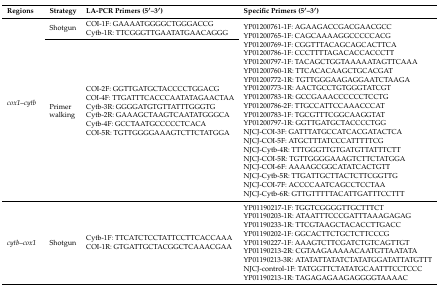
<table><thead><tr><td><b>Regions</b></td><td><b>Strategy</b></td><td><b>LA-PCR Primers (5′–3′)</b></td><td><b>Specific Primers (5′–3′)</b></td></tr></thead><tbody><tr><td rowspan="2"><i>cox1</i>–<i>cytb</i></td><td>Shotgun</td><td>COI-1F: GAAAATGGGGCTGGGACCGCytb-1R: TTCGGGTTGAATATGAACAGGG</td><td rowspan="2">YP01200761-1F: AGAAGACCGACGAACGCCYP01200765-1F: CAGCAAAAGGCCCCCACGYP01200769-1F: CGGTTTACAGCAGCACTTCAYP01200786-1F: CCCTTTTAGACACCACCCTTYP01200797-1F: TACAGCTGGTAAAAATAGTTCAAAYP01200760-1R: TTCACACAAGCTGCACGATYP01200772-1R: TGTTGGGAAGAGGAATCTAAGAYP01200773-1R: AACTGCCTGTGGGTATCGTYP01200783-1R: GCCGAAACCCCCCTCCTGYP01200786-2F: TTGCCATTCCAAACCCATYP01200783-1F: TGCGTTTCGGCAAGGTATYP01200797-1R: GGTTGATGCTACCCCTGGNJCJ-COI-3F: GATTTATGCCATCACGATACTCANJCJ-COI-5F: ATGCTTTATCCCATTTTTCGNJCJ-Cytb-4R: TTTGGGTTGTGATGTTATTTCTTNJCJ-COI-5R: TGTTGGGGAAAGTCTTCTATGGANJCJ-COI-6F: AAAAGCGGCATATCACTGTTNJCJ-Cytb-5R: TTGATTGCTTACTCTTCGGTTGNJCJ-COI-7F: ACCCCAATCAGCCTCCTAANJCJ-Cytb-6R: GTTGTTTTTACATTGATTTCCTTT</td></tr><tr><td>Primer walking</td><td>COI-2F: GGTTGATGCTACCCCTGGACGCOI-4F: TTGATTTCACCCAATATAGAACTAACytb-3R: GGGGATGTGTTATTTGGGTGCytb-2R: GAAAGCTAAGTCAATATGGGCACytb-4F: GCCTAATGCCCCCTCACACOI-5R: TGTTGGGGAAAGTCTTCTATGGA</td></tr><tr><td><i>cytb</i>–<i>cox1</i></td><td>Shotgun</td><td>Cytb-1F: TTCATCTCCTATTCCTTCACCAAACOI-1R: GTGATTGCTACGGCTCAAACGAA</td><td>YP01190217-1F: TGGTCGGGGTTGCTTTCTYP01190203-1R: ATAATTTCCCGATTTAAAGAGAGYP01190233-1R: TTCGTAAGCTACACCTTGACCYP01190202-1F: GGCACTTCTGCTCTTCCCGYP01190227-1F: AAAGTCTTCGATCTGTCAGTTGTYP01190213-2R: CGTAAGAAAAACAATGTTAATATAYP01190213-3R: ATATATTATATCTATATGGATATTATGTTTNJCJ-control-1F: TATGGTTCTATATGCAATTTCCTCCCYP01190213-1R: TAGAGAGAAGAGGGGTAAAAC</td></tr></tbody></table>